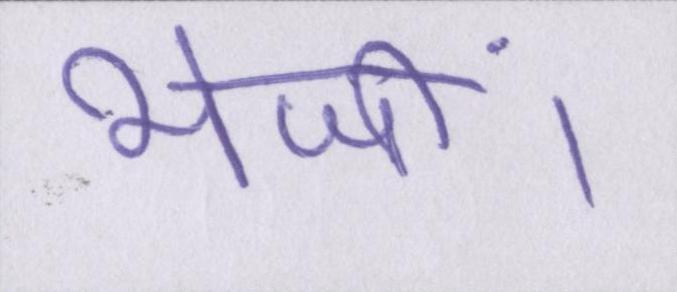
भेजीं।